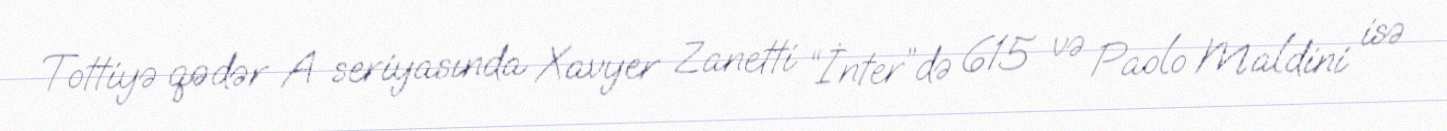
Tottiyə qədər A seriyasında Xavyer Zanetti “İnter”də 615 və Paolo Maldini isə